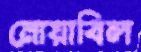
নোয়াবিল